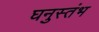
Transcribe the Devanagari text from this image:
घनुस्तंभ